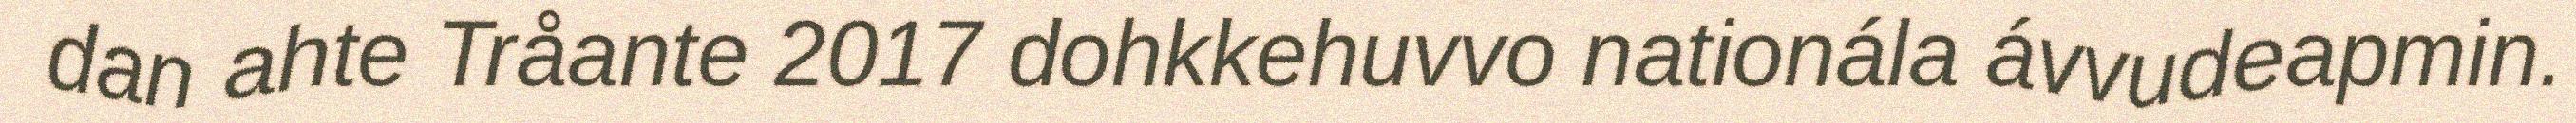
dan ahte Tråante 2017 dohkkehuvvo nationála ávvudeapmin.